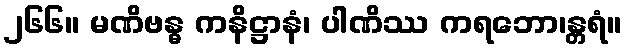
၂၆၆။ မဏိဗန္ဓ ကနိဋ္ဌာနံ၊ ပါဏိဿ ကရဘော၊န္တရံ။